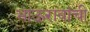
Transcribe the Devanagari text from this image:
भाऊरावांची